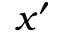
x ^ { \prime }